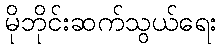
မိုဘိုင်းဆက်သွယ်ရေး